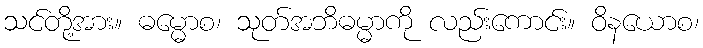
သင်တို့အား။ ဓမ္မောစ၊ သုတ်အဘိဓမ္မာကို လည်းကောင်း။ ဝိနယောစ၊